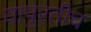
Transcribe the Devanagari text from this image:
यापुरतीच